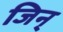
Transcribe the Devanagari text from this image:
जिन्